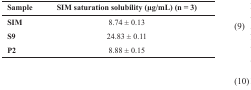
| Sample | SIM saturation solubility (μg/mL) (n = 3) |
 | --- | --- |
 | SIM | 8.74 ± 0.13 |
 | S9 | 24.83 ± 0.11 |
 | P2 | 8.88 ± 0.15 |